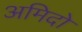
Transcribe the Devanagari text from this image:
अमिदो